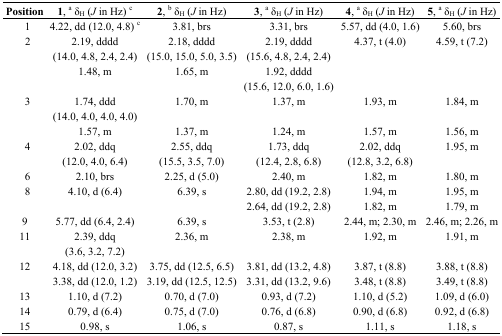
<table><thead><tr><td><b>Position</b></td><td><b>1, a δ<sub>H</sub> (<i>J</i> in Hz) c</b></td><td><b>2, b δ<sub>H</sub> (<i>J</i> in Hz)</b></td><td><b>3, a δ<sub>H</sub> (<i>J</i> in Hz)</b></td><td><b>4, a δ<sub>H</sub> (<i>J</i> in Hz)</b></td><td><b>5, a δ<sub>H</sub> (<i>J</i> in Hz)</b></td></tr></thead><tbody><tr><td>1</td><td>4.22, dd (12.0, 4.8) c</td><td>3.81, brs</td><td>3.31, brs</td><td>5.57, dd (4.0, 1.6)</td><td>5.60, brs</td></tr><tr><td>2</td><td>2.19, dddd (14.0, 4.8, 2.4, 2.4)</td><td>2.18, dddd (15.0, 15.0, 5.0, 3.5)</td><td>2.19, dddd (15.6, 4.8, 2.4, 2.4)</td><td>4.37, t (4.0)</td><td>4.59, t (7.2)</td></tr><tr><td></td><td>1.48, m</td><td>1.65, m</td><td>1.92, dddd (15.6, 12.0, 6.0, 1.6)</td><td></td><td></td></tr><tr><td>3</td><td>1.74, ddd (14.0, 4.0, 4.0, 4.0)</td><td>1.70, m</td><td>1.37, m</td><td>1.93, m</td><td>1.84, m</td></tr><tr><td></td><td>1.57, m</td><td>1.37, m</td><td>1.24, m</td><td>1.57, m</td><td>1.56, m</td></tr><tr><td>4</td><td>2.02, ddq (12.0, 4.0, 6.4)</td><td>2.55, ddq (15.5, 3.5, 7.0)</td><td>1.73, ddq (12.4, 2.8, 6.8)</td><td>2.02, ddq (12.8, 3.2, 6.8)</td><td>1.95, m</td></tr><tr><td>6</td><td>2.10, brs</td><td>2.25, d (5.0)</td><td>2.40, m</td><td>1.82, m</td><td>1.80, m</td></tr><tr><td>8</td><td>4.10, d (6.4)</td><td>6.39, s</td><td>2.80, dd (19.2, 2.8)</td><td>1.94, m</td><td>1.95, m</td></tr><tr><td></td><td></td><td></td><td>2.64, dd (19.2, 2.8)</td><td>1.82, m</td><td>1.79, m</td></tr><tr><td>9</td><td>5.77, dd (6.4, 2.4)</td><td>6.39, s</td><td>3.53, t (2.8)</td><td>2.44, m; 2.30, m</td><td>2.46, m; 2.26, m</td></tr><tr><td>11</td><td>2.39, ddq (3.6, 3.2, 7.2)</td><td>2.36, m</td><td>2.38, m</td><td>1.92, m</td><td>1.91, m</td></tr><tr><td>12</td><td>4.18, dd (12.0, 3.2)</td><td>3.75, dd (12.5, 6.5)</td><td>3.81, dd (13.2, 4.8)</td><td>3.87, t (8.8)</td><td>3.88, t (8.8)</td></tr><tr><td></td><td>3.38, dd (12.0, 1.2)</td><td>3.19, dd (12.5, 12.5)</td><td>3.31, dd (13.2, 9.6)</td><td>3.48, t (8.8)</td><td>3.49, t (8.8)</td></tr><tr><td>13</td><td>1.10, d (7.2)</td><td>0.70, d (7.0)</td><td>0.93, d (7.2)</td><td>1.10, d (5.2)</td><td>1.09, d (6.0)</td></tr><tr><td>14</td><td>0.79, d (6.4)</td><td>0.75, d (7.0)</td><td>0.76, d (6.8)</td><td>0.90, d (6.8)</td><td>0.92, d (6.8)</td></tr><tr><td>15</td><td>0.98, s</td><td>1.06, s</td><td>0.87, s</td><td>1.11, s</td><td>1.18, s</td></tr></tbody></table>